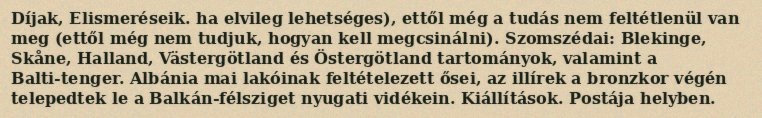
Díjak, Elismeréseik. ha elvileg lehetséges), ettől még a tudás nem feltétlenül van meg (ettől még nem tudjuk, hogyan kell megcsinálni). Szomszédai: Blekinge, Skåne, Halland, Västergötland és Östergötland tartományok, valamint a Balti-tenger. Albánia mai lakóinak feltételezett ősei, az illírek a bronzkor végén telepedtek le a Balkán-félsziget nyugati vidékein. Kiállítások. Postája helyben.